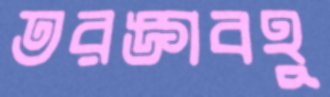
তরঙ্গবহু